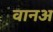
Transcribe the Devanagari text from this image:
वानअ